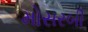
મોસરબી